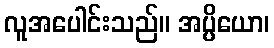
လူအပေါင်းသည်။ အပ္ပိယော၊